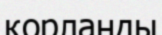
қорланды